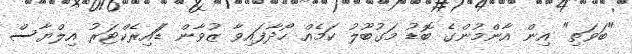
"ބަވަތި" އިން އާންމުންގެ ބޮޑު މަގުބޫލު ކަމެއް ހޯދާފައިވާ ޒުވާން ޑަައިރެކްޓަރު އިލްޔާސް